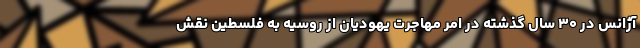
آژانس در ۳۰ سال گذشته در امر مهاجرت یهودیان از روسیه به فلسطین نقش